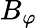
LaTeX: B_{\varphi}